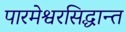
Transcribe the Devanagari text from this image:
पारमेश्वरसिद्धान्त